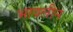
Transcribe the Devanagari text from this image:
भावलीन